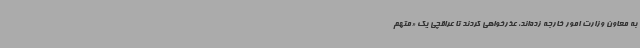
به معاون وزارت امور خارجه زده‌اند، عذرخواهی کردند تا عراقچی یک «متهم